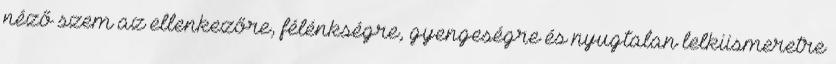
néző szem az ellenkezőre, félénkségre, gyengeségre és nyugtalan lelkiismeretre